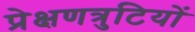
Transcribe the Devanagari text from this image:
प्रेक्षणत्रुटियों